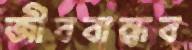
জীববান্ধব